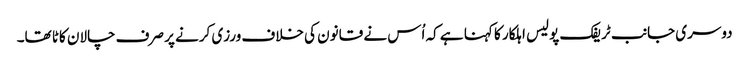
دوسری جانب ٹریفک پولیس اہلکار کا کہنا ہے کہ اُس نے قانون کی خلاف ورزی کرنے پر صرف چالان کاٹا تھا۔